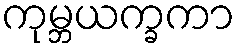
ကုမ္ဘယက္ခကာ